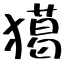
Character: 獦